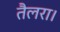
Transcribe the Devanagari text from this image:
तैलरा।